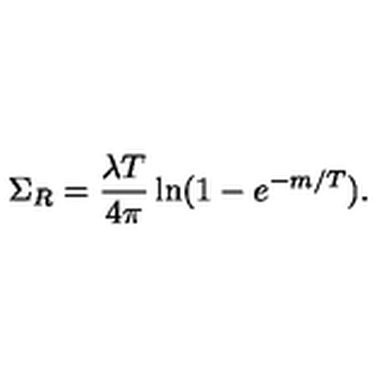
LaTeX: \Sigma _ { R } = \frac { \lambda T } { 4 \pi } \ln ( 1 - e ^ { - m / T } ) .